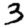
Digit: 3